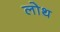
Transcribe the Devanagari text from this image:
लोथ